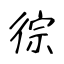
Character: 徖